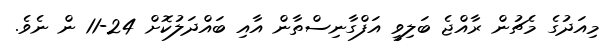
މިއަދުގެ މެޗުން ރާއްޖެ ބަލިވީ އަފްގާނިސްތާން އާއި ބައްދަލުކޮށް 24-11 ން ނެވެ.